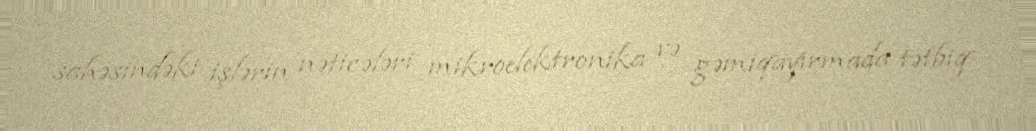
sahəsindəki işlərin nəticələri mikroelektronika və gəmiqayırmada tətbiq